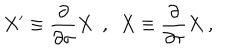
X ^ { \prime } \equiv \frac { \partial } { \partial \sigma } X \ \ , \ \ \dot { X } \equiv \frac { \partial } { \partial \tau } X \ ,